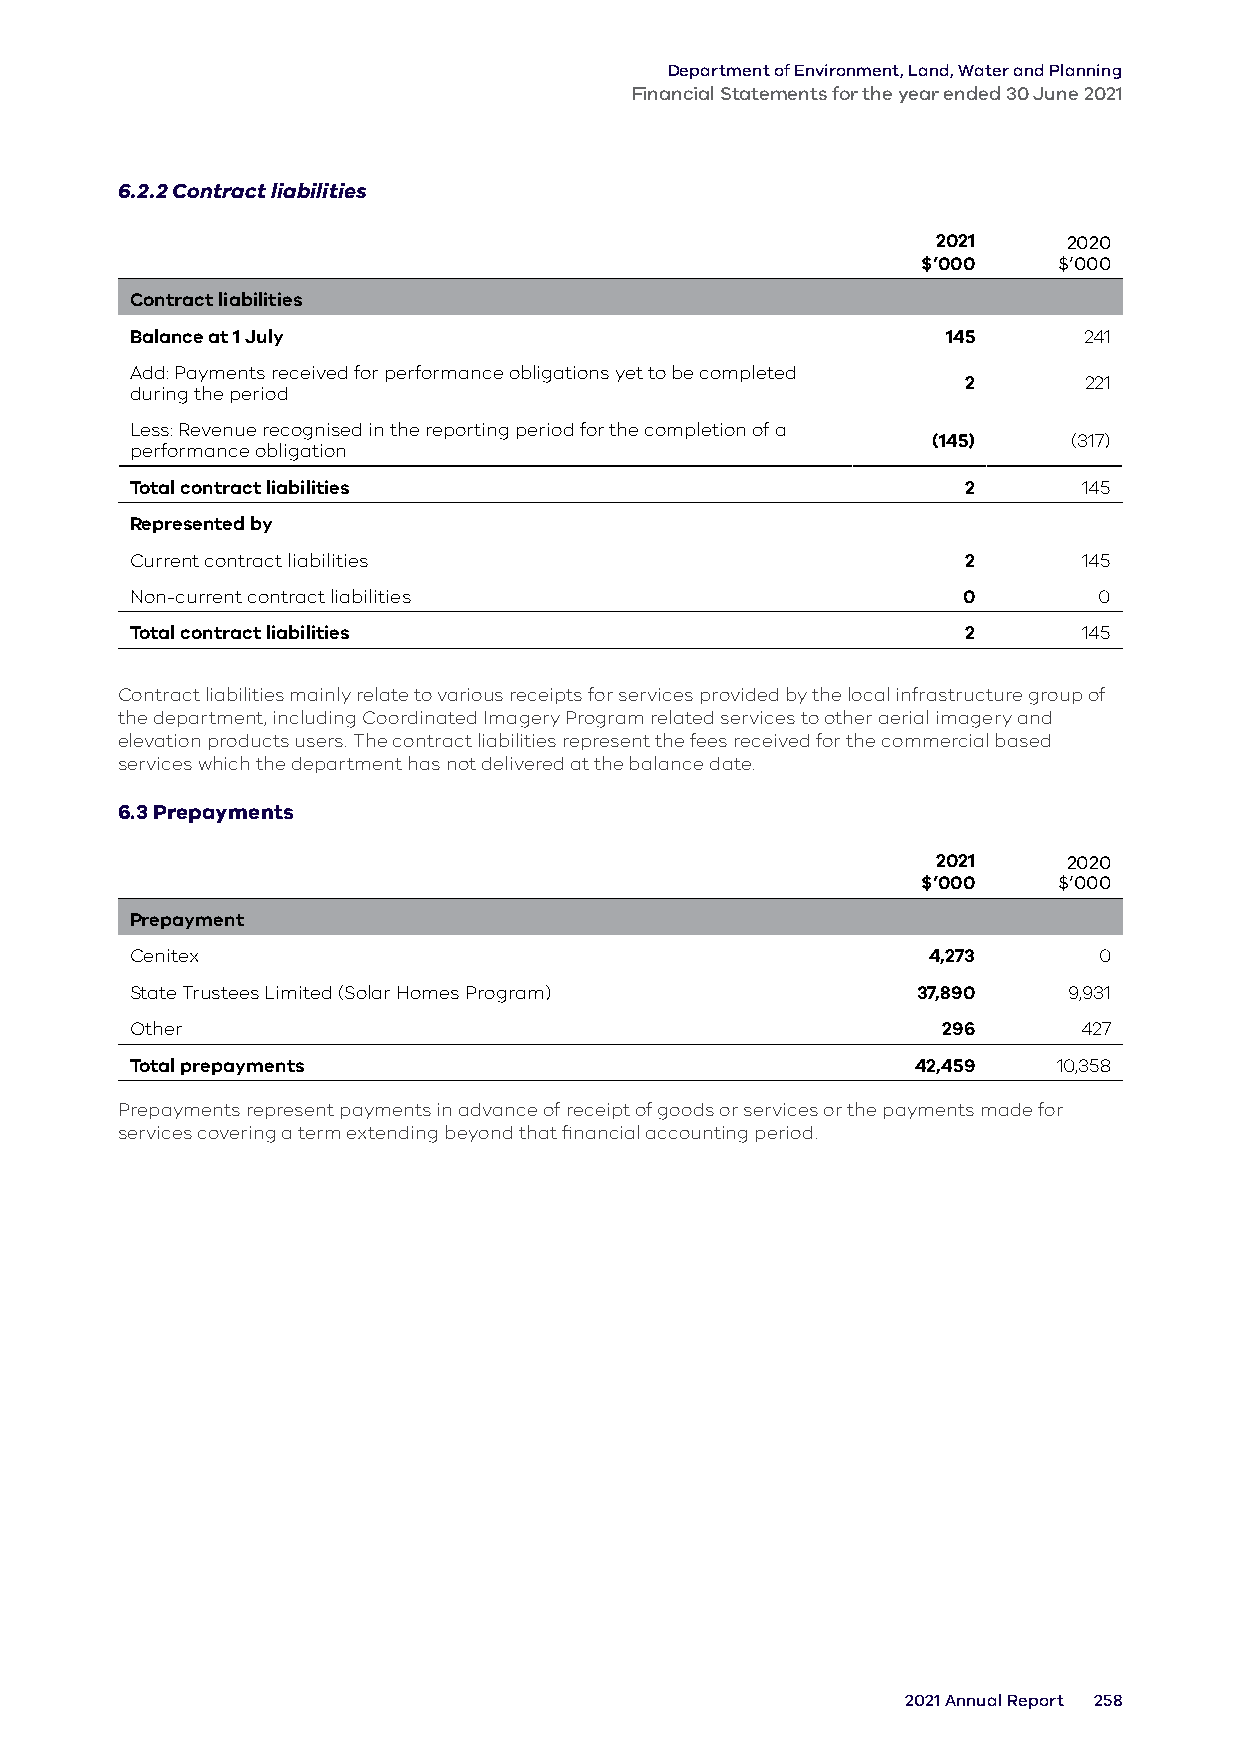
Department of Environment, Land, Water and Planning
 Financial Statements for the year ended 30 June 2021
 6.2.2 Contract liabilities
 2021     2020
 $’000    $’000
 Contract liabilities
 Balance at 1 July                                     145      241
 Add: Payments received for performance obligations yet to be completed
 2       221
 during the period
 Less: Revenue recognised in the reporting period for the completion of a
 (145)    (317)
 performance obligation
 Total contract liabilities                             2       145
 Represented by
 Current contract liabilities                           2       145
 Non-current contract liabilities                       0        0
 Total contract liabilities                             2       145
 Contract liabilities mainly relate to various receipts for services provided by the local infrastructure group of
 the department, including Coordinated Imagery Program related services to other aerial imagery and
 elevation products users. The contract liabilities represent the fees received for the commercial based
 services which the department has not delivered at the balance date.
 6.3 Prepayments
 2021     2020
 $’000    $’000
 Prepayment
 Cenitex                                             4,273       0
 State Trustees Limited (Solar Homes Program)        37,890    9,931
 Other                                                296      427
 Total prepayments                                   42,459   10,358
 Prepayments represent payments in advance of receipt of goods or services or the payments made for
 services covering a term extending beyond that financial accounting period.
 2021 Annual Report 258